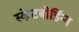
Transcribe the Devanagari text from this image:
स्केटबोर्डिन्ग